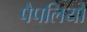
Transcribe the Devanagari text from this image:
पैपलियो